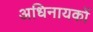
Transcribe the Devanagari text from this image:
अधिनायकों